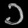
Digit: ၁